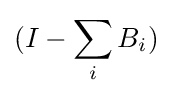
(I-\sum _{i}B_{i})